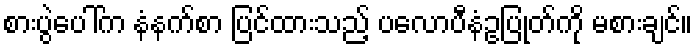
စားပွဲပေါ်က နံနက်စာ ပြင်ထားသည့် ပလောပီနံဥပြုတ်ကို မစားချင်။